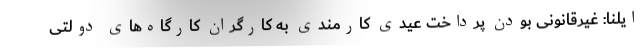
ایلنا: غیرقانونی بودن پرداخت عیدی کارمندی به کارگران کارگاه‌های دولتی